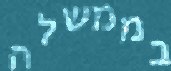
בממשלה